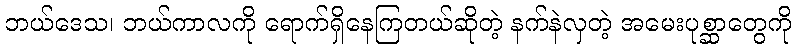
ဘယ်ဒေသ၊ ဘယ်ကာလကို ရောက်ရှိနေကြတယ်ဆိုတဲ့ နက်နဲလှတဲ့ အမေးပုစ္ဆာတွေကို